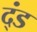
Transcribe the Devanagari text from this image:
द्ंड